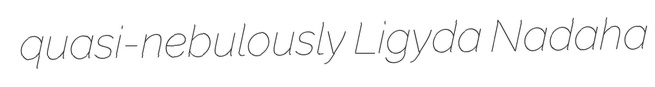
quasi-nebulously Ligyda Nadaha